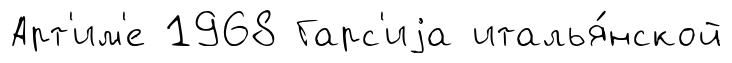
Арт'им'е 1968 Гарс'иjа италья́нской